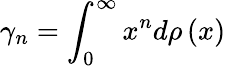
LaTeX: \gamma_{n}=\int_{0}^{\infty}x^{n}d\rho\left(x\right)